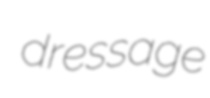
dressage